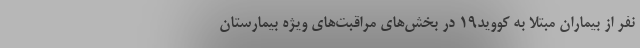
نفر از بیماران مبتلا به کووید۱۹ در بخش‌های مراقبت‌های ویژه بیمارستان